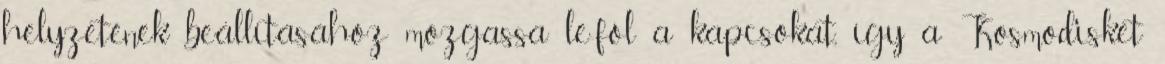
helyzetének beállításához mozgassa le-föl a kapcsokat, így a Kosmodisket